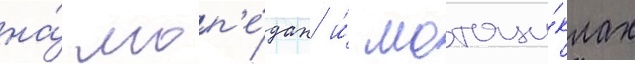
на́ моп'е́дах и́ мотоци́клах